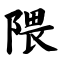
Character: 隈